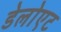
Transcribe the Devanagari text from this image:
डेलोएट